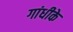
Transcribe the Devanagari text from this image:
गांधीके